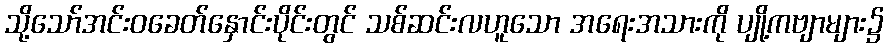
သို့သော်အင်းဝခေတ်နှောင်းပိုင်းတွင် သစ်ဆင်းလဟူသော အရေးအသားကို ပျို့ကဗျာများ၌